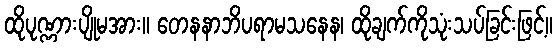
ထိုပုဏ္ဏားပျိုမအား။ တေနနာဘိပရာမသနေန၊ ထိုချက်ကိုသုံးသပ်ခြင်းဖြင့်။